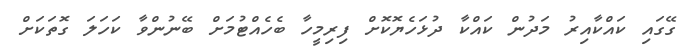
ގޭގައި ކައްކާއިރު މަދުން ކައްކާ ދުޅަހެޔޮކޮށް ފިރިމީހާ ބެހެއްޓުމަށް ބޭނުންވާ ކަހަލަ ގޮތަކަށް